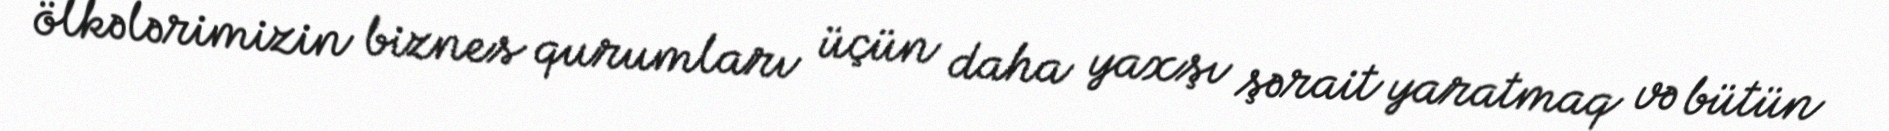
ölkələrimizin biznes qurumları üçün daha yaxşı şərait yaratmaq və bütün